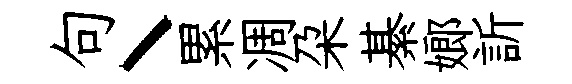
句丶累凋朶綦嫏訢